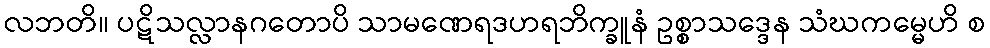
လဘတိ။ ပဋိသလ္လာနဂတောပိ သာမဏေရဒဟရဘိက္ခူနံ ဥစ္စာသဒ္ဒေန သံဃကမ္မေဟိ စ